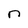
Character: n